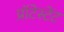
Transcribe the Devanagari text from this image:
प्रॉटेस्टेंट